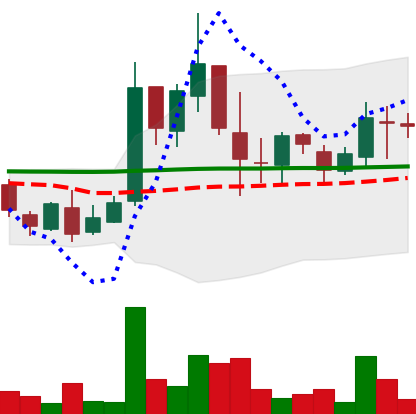
Ticker: LTC-USD
Chart end date: 2017-03-26
Forward return: 64.183%
Label: up_7plus